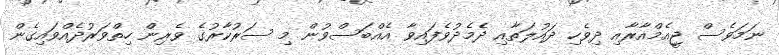
ނަމަވެސް ޖީއެމްއާރާއި ދިވެހި ދައުލަތާއި ދެމެދުވެފައިވާ އެއްބަސްވުން މި ސަރުކާރުގެ ވެރިން ހިތްވަރުދެއްވައިގެން